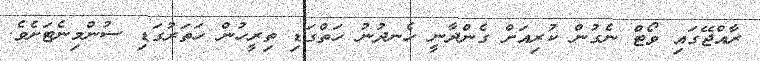
ރާއްޖޭގައި ވޯޓް ނެގުން ކުރިއަށް ގެންދާނީ ހެނދުނު ހަތްގަޑި ތިރީހުން ހަތަރުގަޑި ސުންމިނެޓަށެވެ.